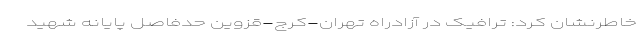
خاطرنشان کرد: ترافیک در آزادراه تهران-کرج-قزوین حدفاصل پایانه شهید